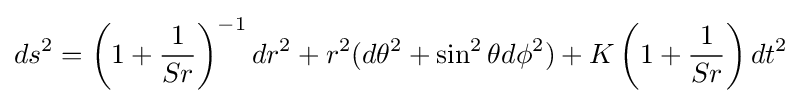
ds^{2}=\left(1+{\frac {1}{Sr}}\right)^{-1}dr^{2}+r^{2}(d\theta ^{2}+\sin ^{2}\theta d\phi ^{2})+K\left(1+{\frac {1}{Sr}}\right)dt^{2}